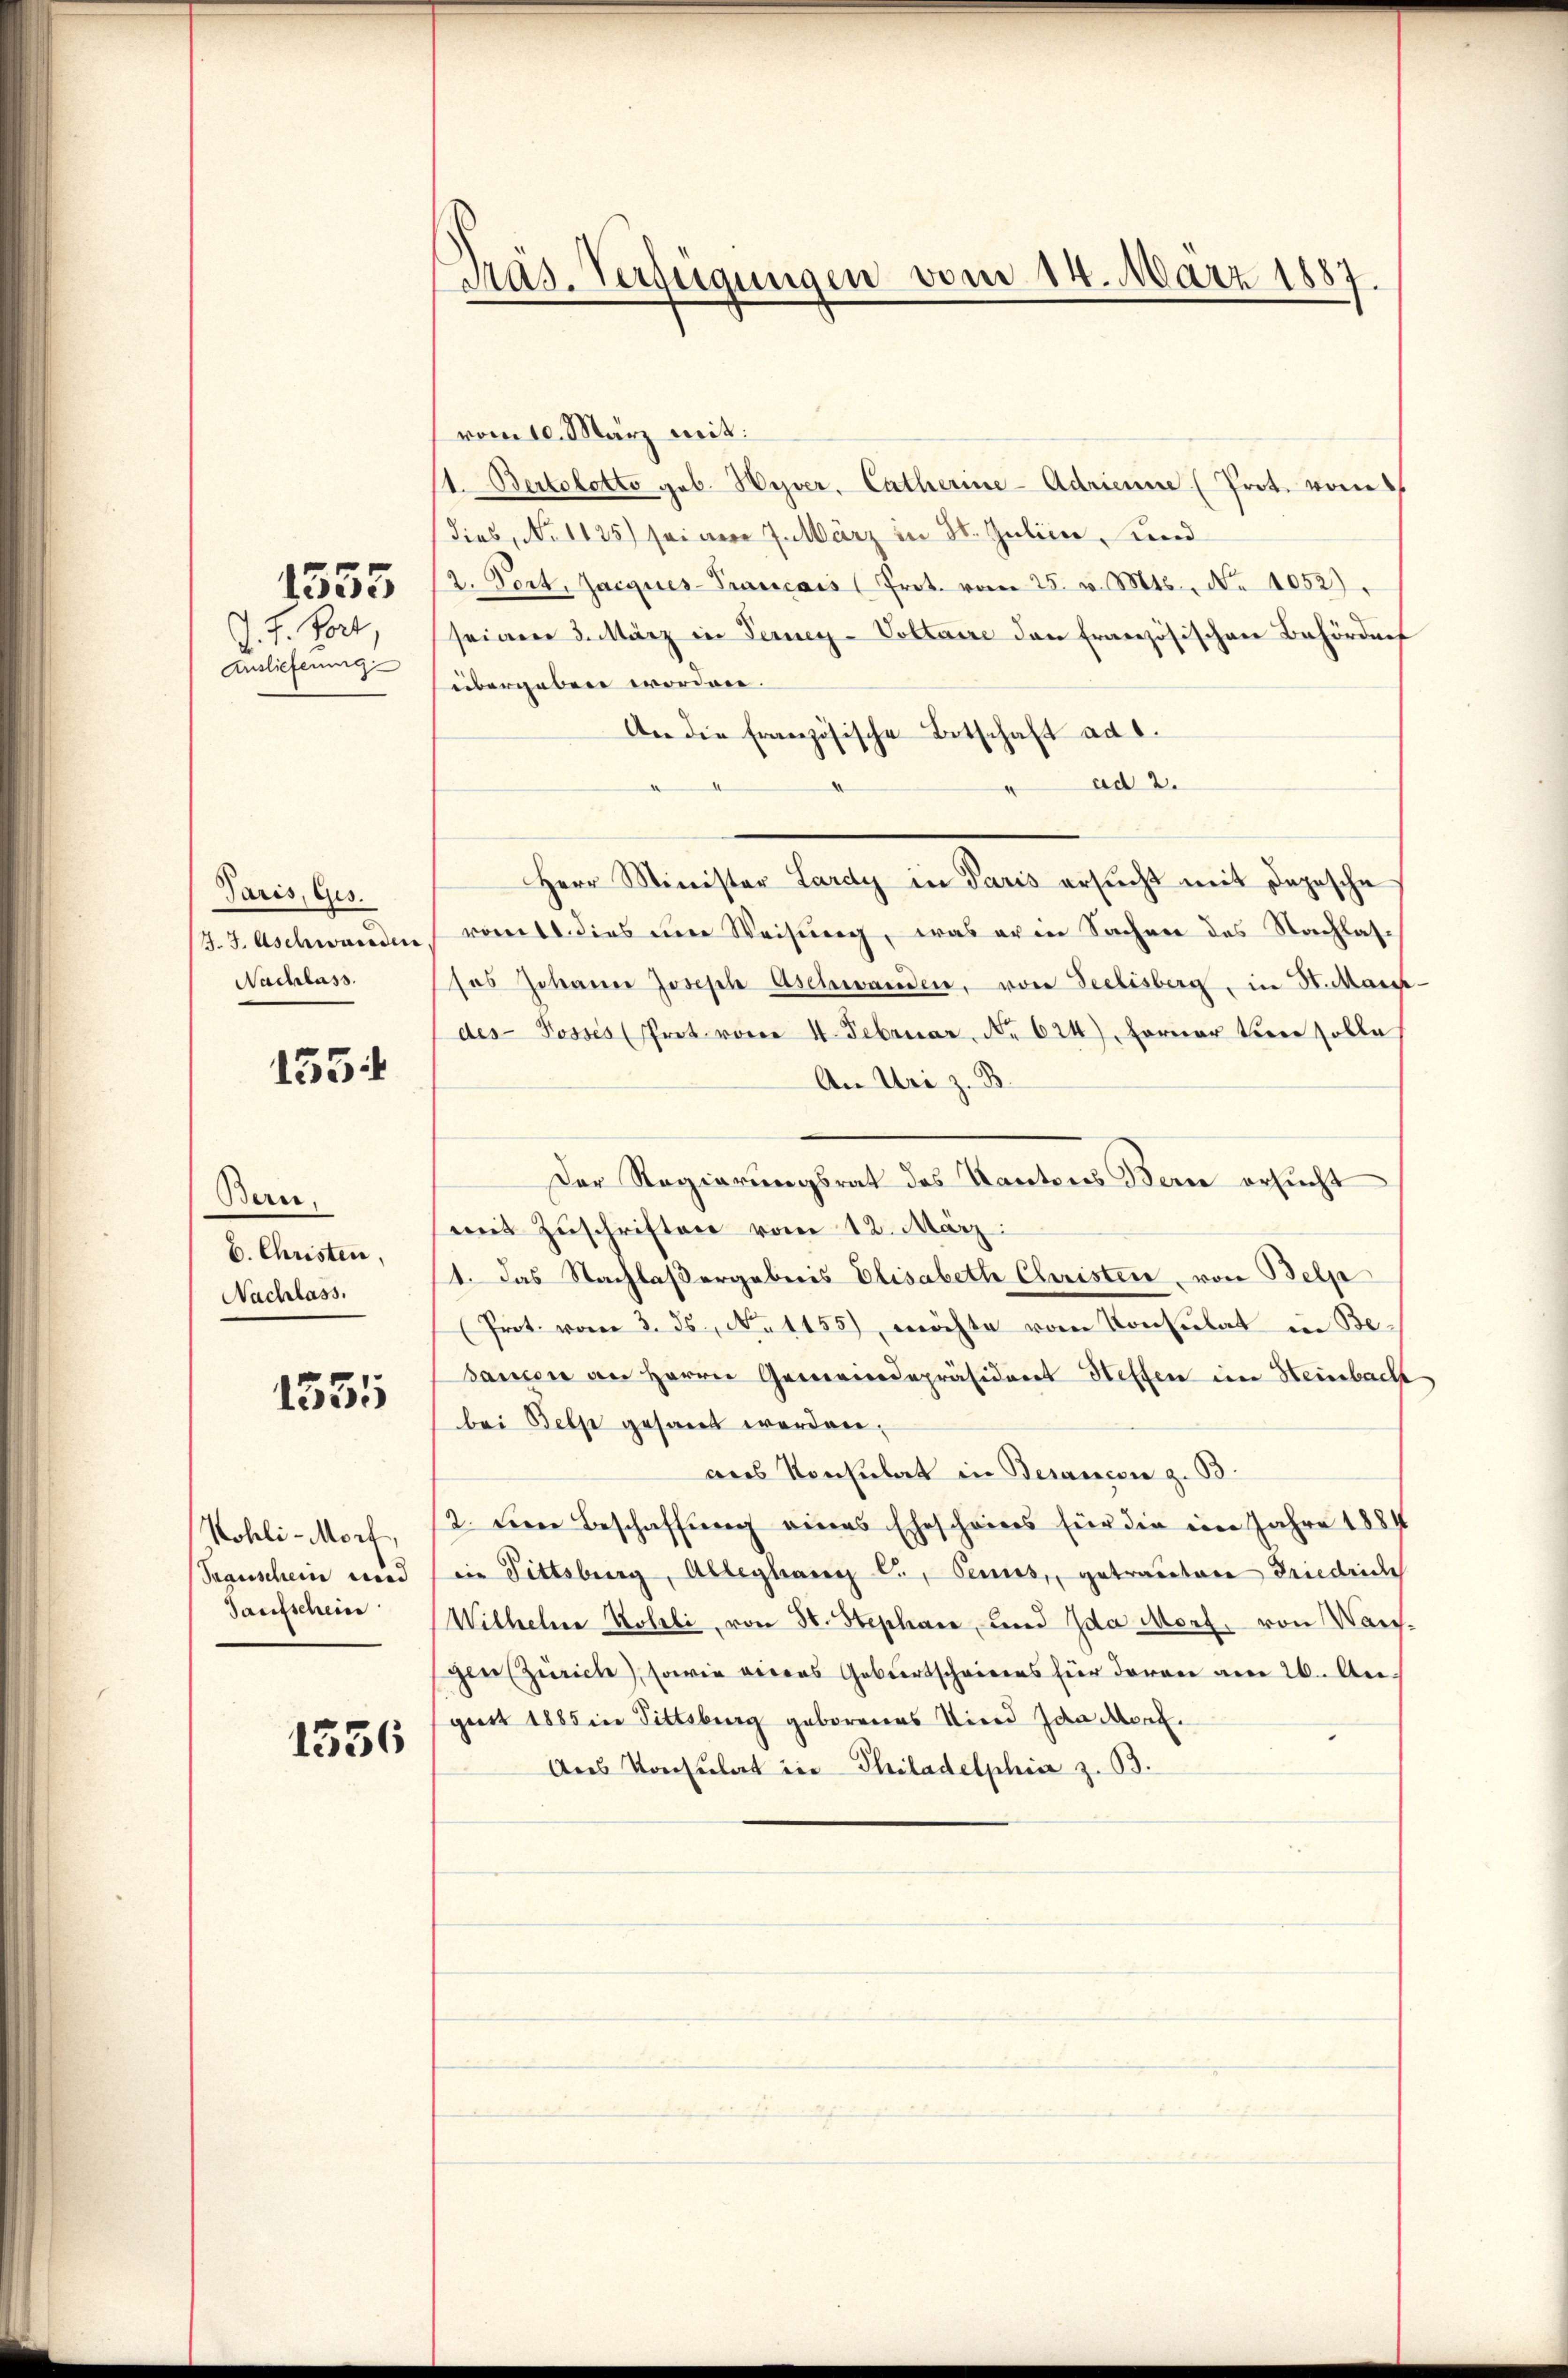
J. J. Port
Auslieferung

1355

Paris, Ges.
J. J. Aschwunden
Nachlass.

155

Bern.
b. Christen,
Nachlass.

1555

Kohli-Morf,
Transchein und
Taufschein

1556

Ras. Verfügungen vom 14. März 1887.

vom 10. März mit:
1. Bertolotto geb. Weber, Catharine-Adrianne (Prot. vom
dies, No 1125) seinem Intärz in St. Julien und
2. Port. Jacques-Francais (Prot. vom 25. v. Mts. No 1052).
seiner 3. März in Ferney-Voltaire den Französischen Behördnet
übergeben worden.
An die Französische Botschaft ad 1.
ad 2.
d
.
Herr Minister Lardy in Paris ersŭcht mit Depesche
ront dies im Weisung, was erin Sachen des Nachlassos Johanner Joseph Aschwanden, von Seelisberg, in St. Mart.
des Posses (Prot. vom 4. Februar, No 624) Ferner tiere solle
An Uri z. B.
Der Regierungsrat des Kantons Bern ersucht
mit Zuschriften vom 12. März:
1. Das Nachlaßergebnis Elisabeth Christen, von Belp
(Prot. vom 3. ds., No 1155) möchte vom Konsulat in Be¬
Sanen an Herrn Gemeindepräsidiret Steffen im Heinbach
bei Belp gesant werden.
ans Konsulat in Besanzen z. B.
2. Den Beschaffung eines Ehescheines für die ein Jahre 1884
die Fittsburg, Ableghang l., Sennes, getrautene Friedriche
Wilhelne Kohli, von 30. Stephan, und Ida Morf. von Wachgen (Zürich, sowie vieres Geburtscheiners für daran am 26. A.
gust 1885 in Tittsburg geborenes Nierd Ida Morf.
Ans Konsulat in Philadelphia z. B.